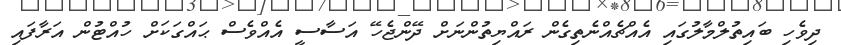
ދިވެހި ބައިތުލްމާލުގައި އެއްޗެއްނެތިގެން ރައްޔިތުންނަށް ދޭންޖެހޭ އަސާސީ އެއްވެސް ޙައްގަކަށް ހުއްޓުން އަރާފައި